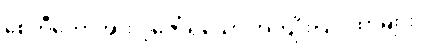
စေတီတော်အား ပူဇော်ရသော အကျိုးပြဂါထာများ။